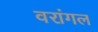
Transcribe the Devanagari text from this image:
वरांगल